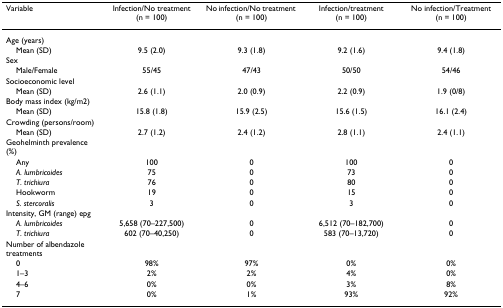
<table><thead><tr><td><b>Variable</b></td><td><b>Infection/No treatment (n = 100)</b></td><td><b>No infection/No treatment (n = 100)</b></td><td><b>Infection/treatment (n = 100)</b></td><td><b>No infection/Treatment (n = 100)</b></td></tr></thead><tbody><tr><td>Age (years)</td><td></td><td></td><td></td><td></td></tr><tr><td> Mean (SD)</td><td>9.5 (2.0)</td><td>9.3 (1.8)</td><td>9.2 (1.6)</td><td>9.4 (1.8)</td></tr><tr><td>Sex</td><td></td><td></td><td></td><td></td></tr><tr><td> Male/Female</td><td>55/45</td><td>47/43</td><td>50/50</td><td>54/46</td></tr><tr><td>Socioeconomic level</td><td></td><td></td><td></td><td></td></tr><tr><td> Mean (SD)</td><td>2.6 (1.1)</td><td>2.0 (0.9)</td><td>2.2 (0.9)</td><td>1.9 (0/8)</td></tr><tr><td>Body mass index (kg/m2)</td><td></td><td></td><td></td><td></td></tr><tr><td> Mean (SD)</td><td>15.8 (1.8)</td><td>15.9 (2.5)</td><td>15.6 (1.5)</td><td>16.1 (2.4)</td></tr><tr><td>Crowding (persons/room)</td><td></td><td></td><td></td><td></td></tr><tr><td> Mean (SD)</td><td>2.7 (1.2)</td><td>2.4 (1.2)</td><td>2.8 (1.1)</td><td>2.4 (1.1)</td></tr><tr><td>Geohelminth prevalence (%)</td><td></td><td></td><td></td><td></td></tr><tr><td> Any</td><td>100</td><td>0</td><td>100</td><td>0</td></tr><tr><td> <i>A. lumbricoides</i></td><td>75</td><td>0</td><td>73</td><td>0</td></tr><tr><td> <i>T. trichiura</i></td><td>76</td><td>0</td><td>80</td><td>0</td></tr><tr><td> Hookworm</td><td>19</td><td>0</td><td>15</td><td>0</td></tr><tr><td> <i>S. stercoralis</i></td><td>3</td><td>0</td><td>3</td><td>0</td></tr><tr><td>Intensity, GM (range) epg</td><td></td><td></td><td></td><td></td></tr><tr><td> <i>A. lumbricoides</i></td><td>5,658 (70–227,500)</td><td>0</td><td>6,512 (70–182,700)</td><td>0</td></tr><tr><td> <i>T. trichiura</i></td><td>602 (70–40,250)</td><td>0</td><td>583 (70–13,720)</td><td>0</td></tr><tr><td>Number of albendazole treatments</td><td></td><td></td><td></td><td></td></tr><tr><td> 0</td><td>98%</td><td>97%</td><td>0%</td><td>0%</td></tr><tr><td> 1–3</td><td>2%</td><td>2%</td><td>4%</td><td>0%</td></tr><tr><td> 4–6</td><td>0%</td><td>0%</td><td>3%</td><td>8%</td></tr><tr><td> 7</td><td>0%</td><td>1%</td><td>93%</td><td>92%</td></tr></tbody></table>